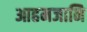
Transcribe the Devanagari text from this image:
आहमजानि